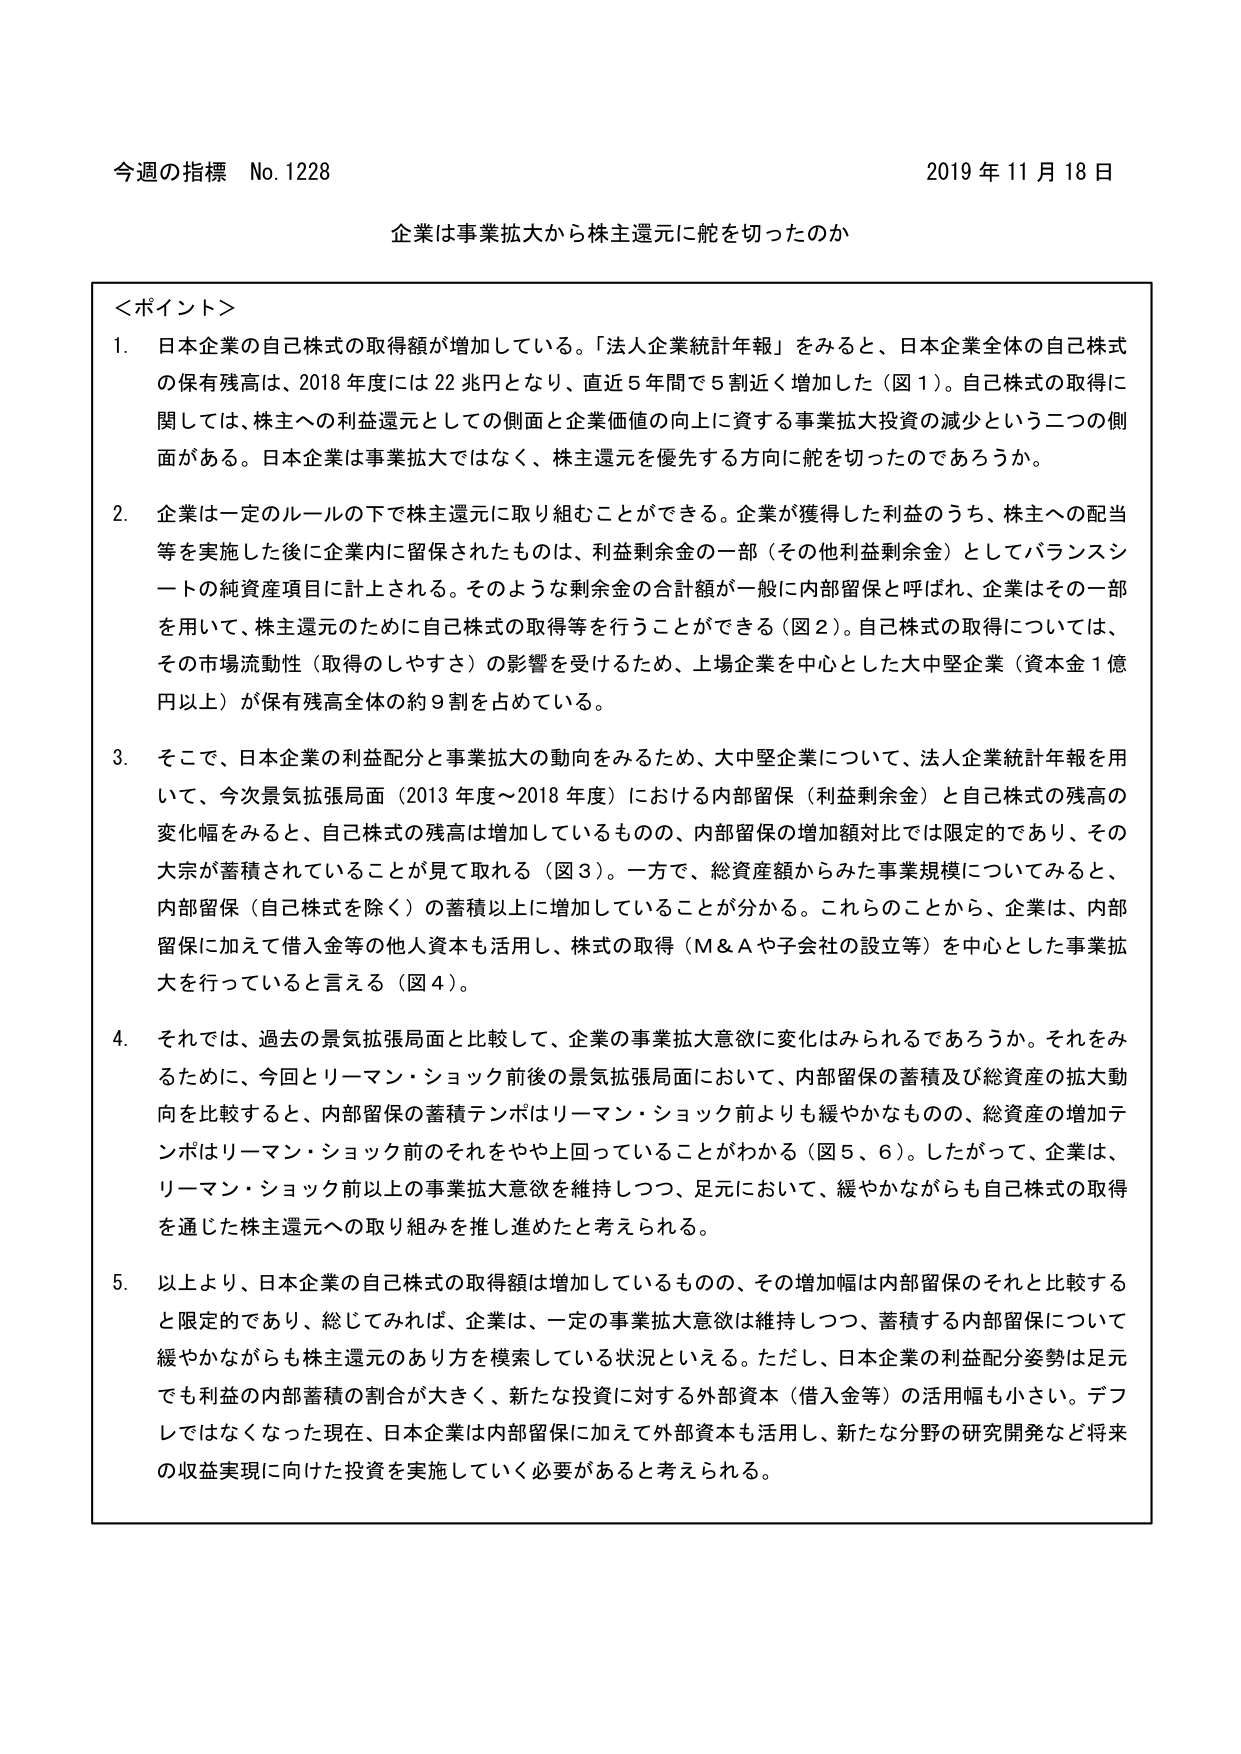
今週の指標 No.1228 2019年11月18日
企業は事業拡大から株主還元に舵を切ったのか

＜ポイント＞
1. 日本企業の自己株式の取得額が増加している。「法人企業統計年報」をみると、日本企業全体の自己株式の保有残高は、2018年度には22兆円となり、直近5年間で5割近く増加した（図1）。自己株式の取得に関しては、株主への利益還元としての側面と企業価値の向上に資する事業拡大投資の減少という二つの側面がある。日本企業は事業拡大ではなく、株主還元を優先する方向に舵を切ったのであろうか。

2. 企業は一定のルールの下で株主還元に取り組むことができる。企業が獲得した利益のうち、株主への配当等を実施した後に企業内に保留されたものは、利益剰余金の一部（その他利益剰余金）としてバランスシートの純資産項目に計上される。そのような剰余金の合計額が一般に内部留保と呼ばれ、企業はその一部を用いて、株主還元のために自己株式の取得等を行うことができる（図2）。自己株式の取得については、その市場流動性（取得のしやすさ）の影響を受けるため、上場企業を中心とした大中堅企業（資本金1億円以上）が保有残高全体の約9割を占めている。

3. そこで、日本企業の利益配分と事業拡大の動向をみるため、大中堅企業について、法人企業統計年報を用いて、今次景気拡張局面（2013年度～2018年度）における内部留保（利益剰余金）と自己株式の残高の変化幅をみると、自己株式の残高は増加しているものの、内部留保の増加額対比では限定的であり、その大宗が蓄積されていることが見て取れる（図3）。一方で、総資産額からみた事業規模についてみると、内部留保（自己株式を除く）の蓄積以上に増加していることが分かる。これらのことから、企業は、内部留保に加えて借入金等の他人資本も活用し、株式の取得（M&Aや子会社の設立等）を中心とした事業拡大を行っていると言える（図4）。

4. それでは、過去の景気拡張局面と比較して、企業の事業拡大意欲に変化はみられるであろうか。それをみるために、今回とリーマン・ショック前後の景気拡張局面において、内部留保の蓄積及び総資産の拡大動向を比較すると、内部留保の蓄積テンポはリーマン・ショック前よりも緩やかなものの、総資産の増加テンポはリーマン・ショック前のそれをやや上回っていることがわかる（図5、6）。したがって、企業は、リーマン・ショック前以上の事業拡大意欲を維持しつつ、足元において、緩やかながらも自己株式の取得を通じた株主還元への取り組みを推し進めたと考えられる。

5. 以上より、日本企業の自己株式の取得額は増加しているものの、その増加幅は内部留保のそれと比較すると限定的であり、総じてみれば、企業は、一定の事業拡大意欲は維持しつつ、蓄積する内部留保について緩やかながらも株主還元のあり方を模索している状況といえる。ただし、日本企業の利益配分姿勢は足元でも利益の内部蓄積の割合が大きく、新たな投資に対する外部資本（借入金等）の活用幅も小さい。デフレではなくなった現在、日本企業は内部留保に加えて外部資本も活用し、新たな分野の研究開発など将来の収益実現に向けた投資を実施していく必要があると考えられる。